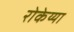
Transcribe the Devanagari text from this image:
रोकेय्या